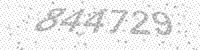
Solution: 844729